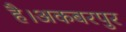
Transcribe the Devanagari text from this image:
है।अकबरपुर